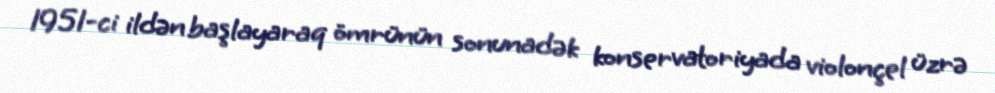
1951-ci ildən başlayaraq ömrünün sonunadək konservatoriyada violonçel üzrə